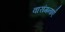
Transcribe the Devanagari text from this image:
वारांगनाएँ